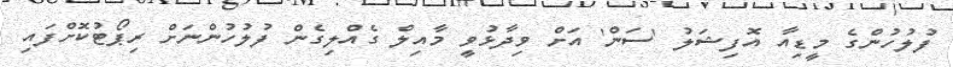
ފުލުހުންގެ މީޑިއާ އޮފިޝަލު 'ސަން' އަށް ވިދާޅުވީ މާއިލް ގެއްލިގެން ފުލުހުންނަށް ރިޕޯޓުކޮށްފައި